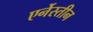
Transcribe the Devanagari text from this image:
एर्नेस्तीन